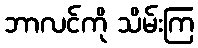
ဘာလင်ကို သိမ်းကြ